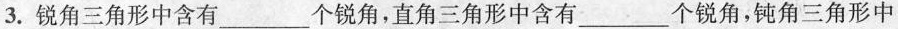
3. 锐角三角形中含有___个锐角，直角三角形中含有___个锐角，钝角三角形中